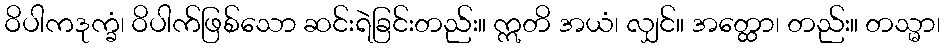
ဝိပါကဒုက္ခံ၊ ဝိပါက်ဖြစ်သော ဆင်းရဲခြင်းတည်း။ ဣတိ အယံ၊ လျှင်။ အတ္ထော၊ တည်း။ တသ္မာ၊